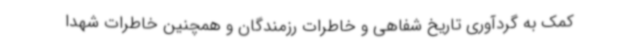
کمک به گردآوری تاریخ شفاهی و خاطرات رزمندگان و همچنین خاطرات شهدا